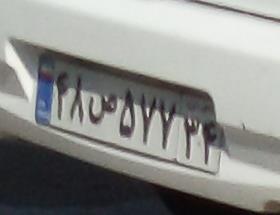
۴۸ص۵۷۷۳۴